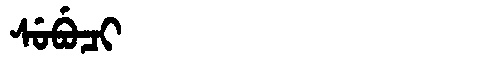
Manchu: ᠰᡠᠪᡠᠴᡳ
Romanization: SUBUCI